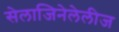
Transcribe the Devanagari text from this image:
सेलाजिनेलेलीज